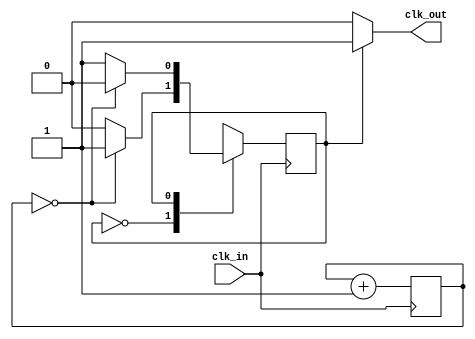
`timescale 1ns / 1ps
//////////////////////////////////////////////////////////////////////////////////
// Company: 
// Engineer: 
// 
// Design Name: 
// Module Name:    retrasadorHassenhoff 
// Project Name: 
// Target Devices: 
// Tool versions: 
// Description: 
//
// Dependencies: 
//
// Revision: 
// Revision 0.01 - File Created
// Additional Comments: 
//
//////////////////////////////////////////////////////////////////////////////////
module retrasadorHassenhoff(
    input clk_in,
    output clk_out
    );
	 
//estados del clock
localparam 
		 cero= 1'b0,
		 uno=1'b1;
		 
// declaracin de seales
	reg  estadoActual, estadoSiguiente;
	reg [19:0] contadorActual, contadorSiguiente;

// estado del registro
	always @(posedge clk_in)
		begin
		estadoActual <= estadoSiguiente;
		contadorActual<=contadorSiguiente;
		end
//logiga del siguiente estado
	always @*
	begin
		// por "default" el estado siguiente es el actual
		estadoSiguiente = estadoActual;
		contadorSiguiente=contadorActual+20'd1;
		case(estadoActual)
			cero:
		
				if (contadorActual==20'd0)
				estadoSiguiente=uno;
				
			uno:
	
				if (contadorActual==20'd0)
				estadoSiguiente=cero;
				
		endcase
	end	
	
	assign clk_out=(estadoActual==cero)? 1'b0:1'b1; 

endmodule